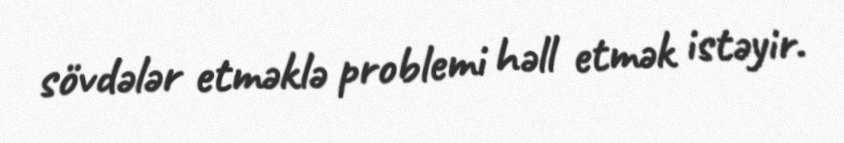
sövdələr etməklə problemi həll etmək istəyir.